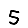
Digit: 5